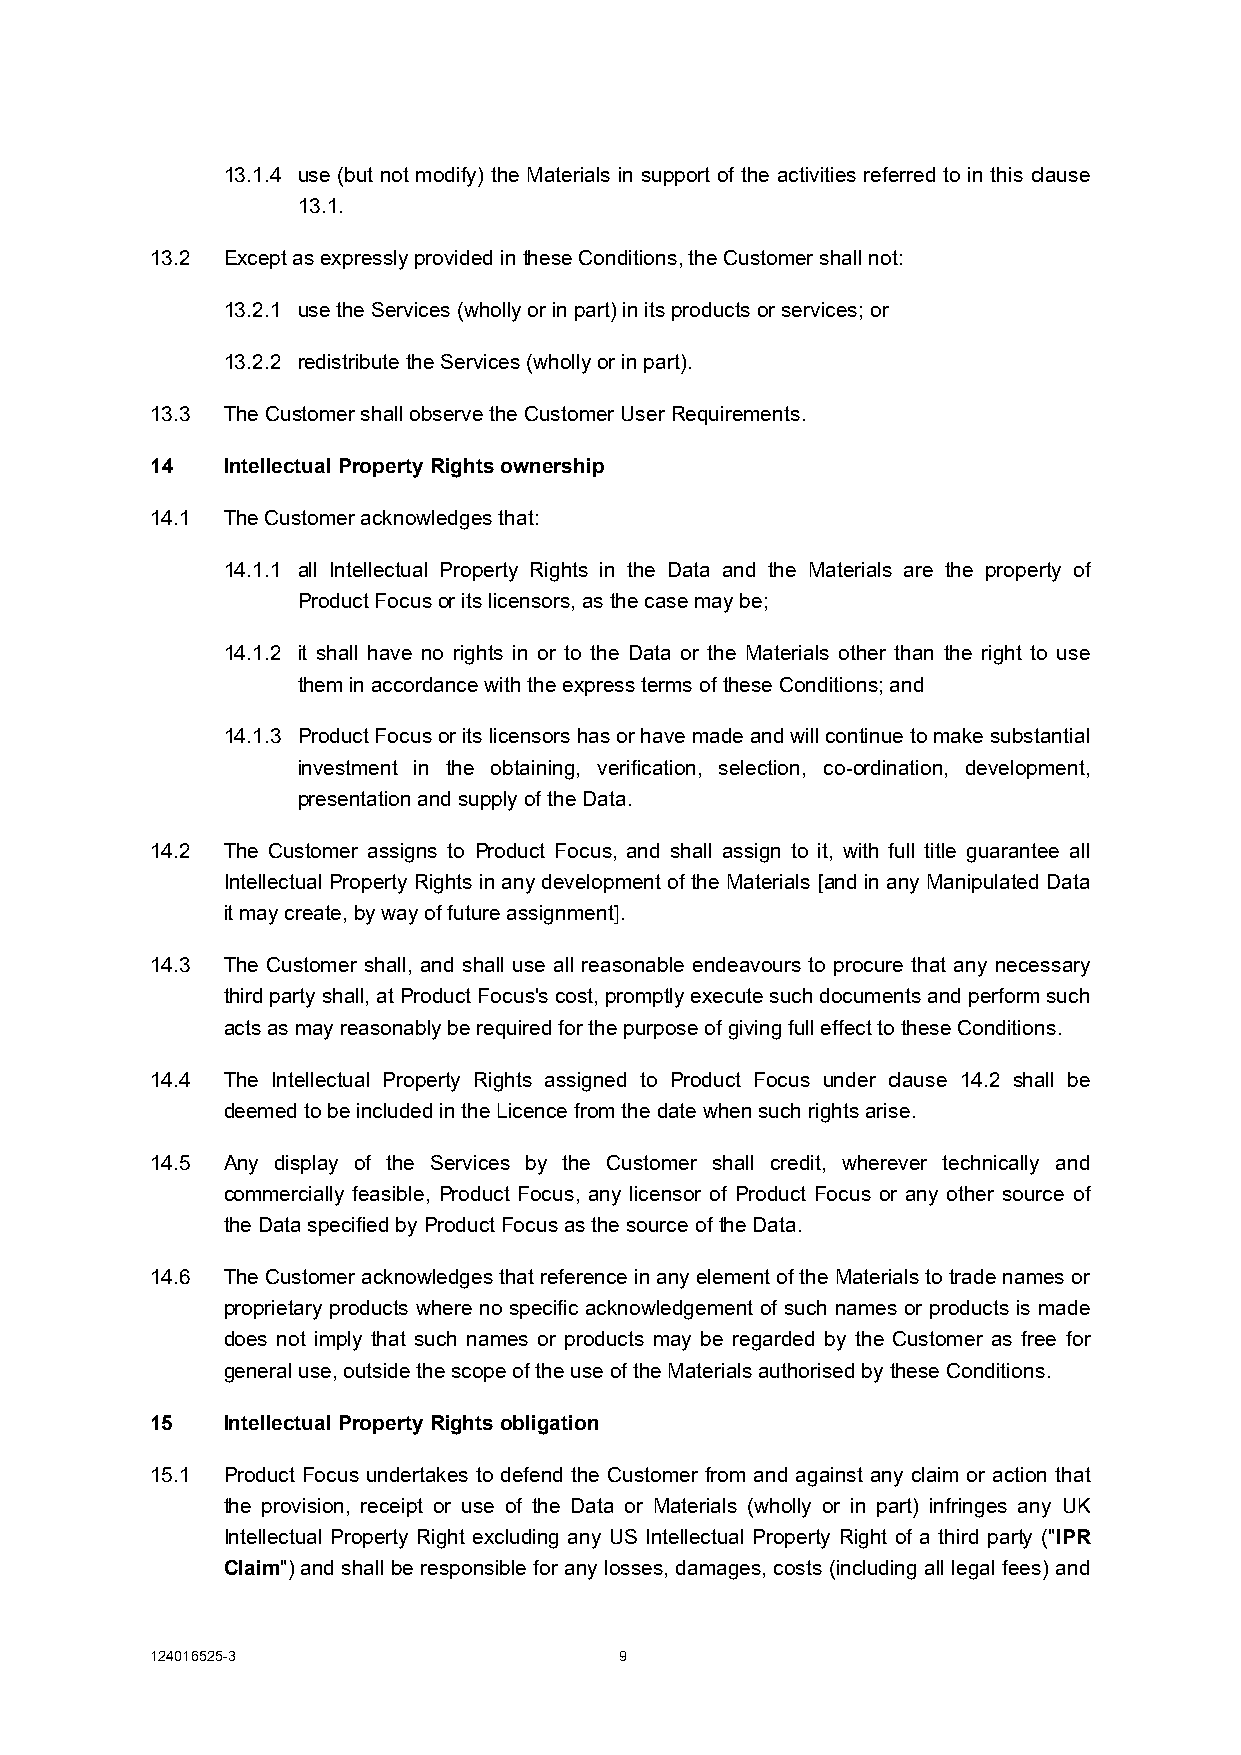
13.1.4 use (but not modify) the Materials in support of the activities referred to in this clause
 13.1.
 13.2 Except as expressly provided in these Conditions, the Customer shall not:
 13.2.1 use the Services (wholly or in part) in its products or services; or
 13.2.2 redistribute the Services (wholly or in part).
 13.3 The Customer shall observe the Customer User Requirements.
 14   Intellectual Property Rights ownership
 14.1 The Customer acknowledges that:
 14.1.1 all Intellectual Property Rights in the Data and the Materials are the property of
 Product Focus or its licensors, as the case may be;
 14.1.2 it shall have no rights in or to the Data or the Materials other than the right to use
 them in accordance with the express terms of these Conditions; and
 14.1.3 Product Focus or its licensors has or have made and will continue to make substantial
 investment in the obtaining, verification, selection, co-ordination, development,
 presentation and supply of the Data.
 14.2 The Customer assigns to Product Focus, and shall assign to it, with full title guarantee all
 Intellectual Property Rights in any development of the Materials [and in any Manipulated Data
 it may create, by way of future assignment].
 14.3 The Customer shall, and shall use all reasonable endeavours to procure that any necessary
 third party shall, at Product Focus's cost, promptly execute such documents and perform such
 acts as may reasonably be required for the purpose of giving full effect to these Conditions.
 14.4 The Intellectual Property Rights assigned to Product Focus under clause 14.2 shall be
 deemed to be included in the Licence from the date when such rights arise.
 14.5 Any display of the Services by the Customer shall credit, wherever technically and
 commercially feasible, Product Focus, any licensor of Product Focus or any other source of
 the Data specified by Product Focus as the source of the Data.
 14.6 The Customer acknowledges that reference in any element of the Materials to trade names or
 proprietary products where no specific acknowledgement of such names or products is made
 does not imply that such names or products may be regarded by the Customer as free for
 general use, outside the scope of the use of the Materials authorised by these Conditions.
 15   Intellectual Property Rights obligation
 15.1 Product Focus undertakes to defend the Customer from and against any claim or action that
 the provision, receipt or use of the Data or Materials (wholly or in part) infringes any UK
 Intellectual Property Right excluding any US Intellectual Property Right of a third party ("IPR
 Claim") and shall be responsible for any losses, damages, costs (including all legal fees) and
 124016525-3                    9